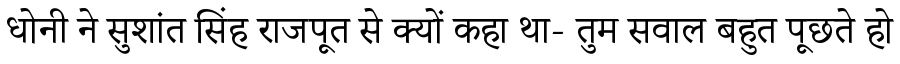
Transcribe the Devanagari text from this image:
धोनी ने सुशांत सिंह राजपूत से क्यों कहा था- तुम सवाल बहुत पूछते हो